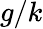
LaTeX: g/k